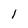
Character: 1